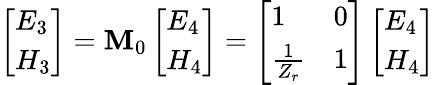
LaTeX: \left[\begin{array}{l}{E_{3}}\\ {H_{3}}\end{array}\right]=\mathbf{M}_{0}\left[\begin{array}{l}{E_{4}}\\ {H_{4}}\end{array}\right]=\left[\begin{array}{ll}{1}&{0}\\ {\frac{1}{Z_{r}}}&{1}\end{array}\right]\left[\begin{array}{l}{E_{4}}\\ {H_{4}}\end{array}\right]